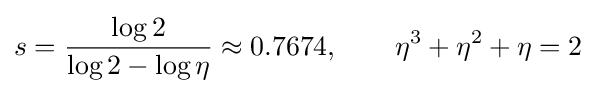
s={\frac {\log 2}{\log 2-\log \eta }}\approx 0.7674,\qquad \eta ^{3}+\eta ^{2}+\eta =2